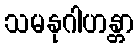
သမနုဂါဟန္တာ